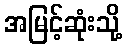
အမြင့်ဆုံးသို့